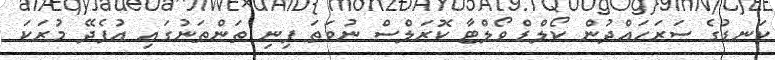
ކަނޑުގެ ސަރަހައްދުން ކޯލްޑް ވޯލްޓާ ކޮރަލްސް ނުވަތަ ފިނި ތަންތަނުގައި އުފެދޭ މުރަކަ